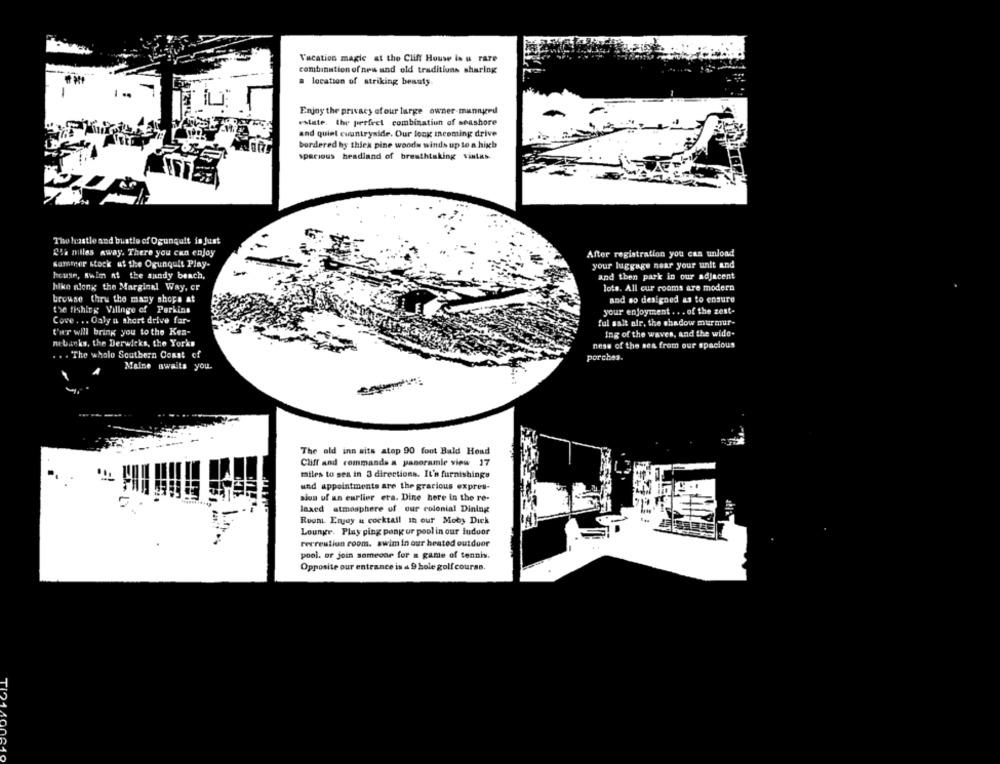
Vacation magic at the Cliff House is u rare
combination of new and old traditions sharing
a location of striking beauty.
Enjoy the privacy ofour large owner-munngrd
estate. the perfect combination of seashore
and quiet countryside. Our long incoming drive
bordered by thick pine woods winds up to a high
spacious headland of breathtaking vintas
The hustle and bustle of Ogunquit is just
Ola miles away. There you can enjoy
After registration you can unload
sammer stock ut the Ogunquit Play-
your luggage near your unit and
house, Awim at the sundy beach,
and then park in our adjacent
hike along the Marginel Way, or
lots. All cur rooms are modern
browse thru the many shops at
and so designed as to ensure
the fishing Village of Perkins
your enjoyment . . . of the zest-
Cove . .. Oaly a short drive for-
ful salt alr, the shadow murmur-
t'er will bring you to the Kes-
Ing of the waves, and the wide-
nebanks, the Derwicks, the Yorks
ness of the sea from our spacious
. . The whole Southern Coast of
porches.
Maine awaits you.
The ald inn sits atop 90 foot Bald Head
Cliff and commands a panoramic view 17
..
miles to sea in 3 directions. It's furnishings
und appointments are the gracious expres-
sion of an earlier era. Dine here in the re-
laxed atmosphere of our colonial Dining
Roont. Erguy & cocktail In our Moby Dick
Lounge. Play ping pong ur pool in our luduor
recreation room. swim in our heated outdoor
pool. or join someone for a game of tennis.
Opposite our entrance is & 9 hole golf course.